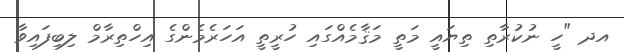
އދ "ހީ ނުކުރާތި ތިޔައީ މަތީ މަޤާމެއްގައި ހުރީތީ އަހަރެމެންގެ އިހްތިރާމް ލިބިފައިވާ